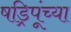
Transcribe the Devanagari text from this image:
षड्रिपूंच्या